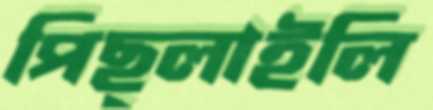
পিছ্‌লাইলি